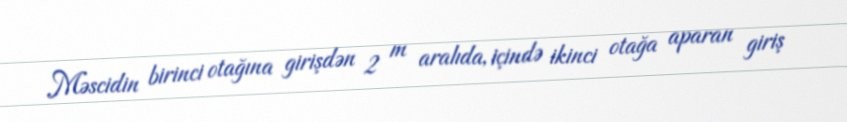
Məscidin birinci otağına girişdən 2 m aralıda, içində ikinci otağa aparan giriş